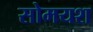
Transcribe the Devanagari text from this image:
सोमयश